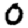
Digit: 0